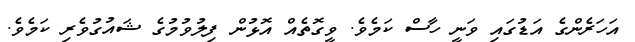
އަހަރެންގެ އަޑުގައި ވަނީ ހާސް ކަމެވެ. ވީގޮތެއް އޮޅުން ފިލުވުމުގެ ޝައުގުވެރި ކަމެވެ.